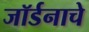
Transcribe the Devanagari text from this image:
जॉर्डनाचे